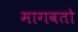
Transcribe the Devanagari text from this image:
मागवतो